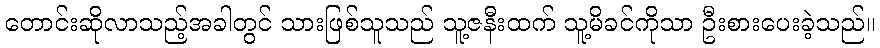
တောင်းဆိုလာသည့်အခါတွင် သားဖြစ်သူသည် သူ့ဇနီးထက် သူ့မိခင်ကိုသာ ဦးစားပေးခဲ့သည်။